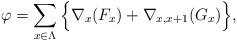
LaTeX: \begin{align*}\varphi=\sum_{x \in \Lambda} \Big\{ \nabla_x(F_x) + \nabla_{x,x+1}(G_x)\Big\},\end{align*}